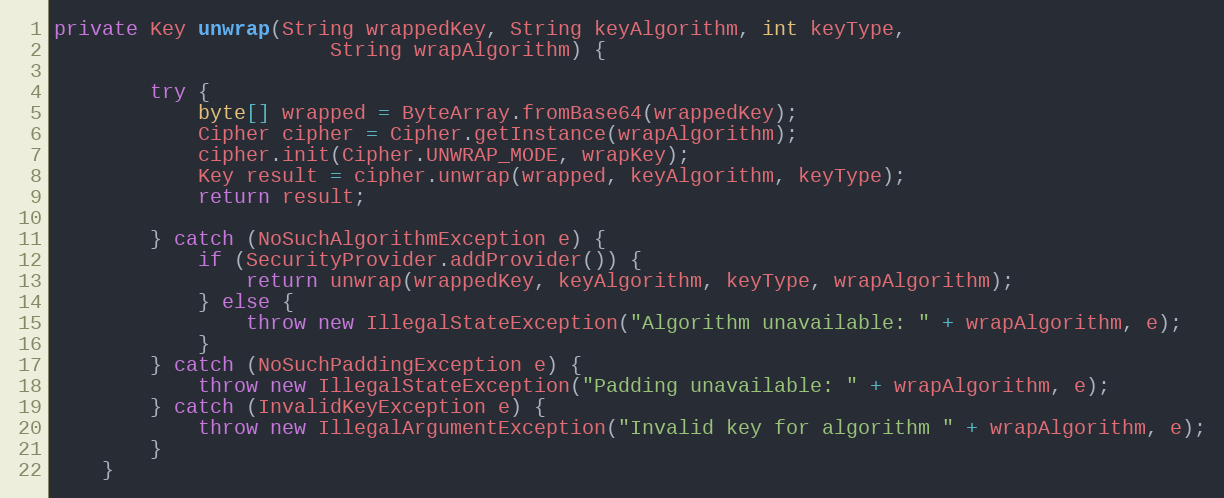
Language: Java
private Key unwrap(String wrappedKey, String keyAlgorithm, int keyType,
                       String wrapAlgorithm) {

        try {
            byte[] wrapped = ByteArray.fromBase64(wrappedKey);
            Cipher cipher = Cipher.getInstance(wrapAlgorithm);
            cipher.init(Cipher.UNWRAP_MODE, wrapKey);
            Key result = cipher.unwrap(wrapped, keyAlgorithm, keyType);
            return result;

        } catch (NoSuchAlgorithmException e) {
            if (SecurityProvider.addProvider()) {
                return unwrap(wrappedKey, keyAlgorithm, keyType, wrapAlgorithm);
            } else {
                throw new IllegalStateException("Algorithm unavailable: " + wrapAlgorithm, e);
            }
        } catch (NoSuchPaddingException e) {
            throw new IllegalStateException("Padding unavailable: " + wrapAlgorithm, e);
        } catch (InvalidKeyException e) {
            throw new IllegalArgumentException("Invalid key for algorithm " + wrapAlgorithm, e);
        }
    }